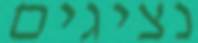
נציגים